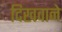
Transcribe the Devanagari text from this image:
दिखवाने